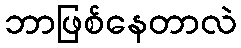
ဘာဖြစ်နေတာလဲ